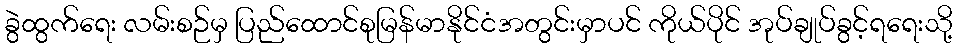
ခွဲထွက်ရေး လမ်းစဉ်မှ ပြည်ထောင်စုမြန်မာနိုင်ငံအတွင်းမှာပင် ကိုယ်ပိုင် အုပ်ချုပ်ခွင့်ရရေးသို့